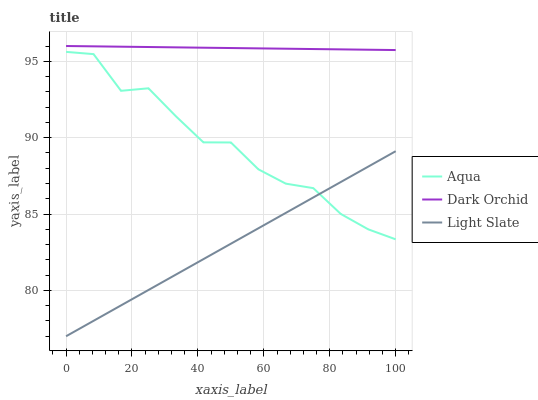
| xaxis_label | Aqua | Dark Orchid | Light Slate |
 | --- | --- | --- | --- |
 | 0 | 95.6 | 96 | 77 |
 | 8.33 | 95.5 | 96 | 78 |
 | 16.7 | 93.1 | 96 | 79 |
 | 25 | 93.2 | 95.9 | 80 |
 | 33.3 | 91.4 | 95.9 | 81 |
 | 41.7 | 89.7 | 95.9 | 82 |
 | 50 | 89.7 | 95.9 | 83.1 |
 | 58.3 | 87.9 | 95.8 | 84.1 |
 | 66.7 | 87 | 95.8 | 85.1 |
 | 75 | 86.7 | 95.8 | 86.1 |
 | 83.3 | 85 | 95.8 | 87.1 |
 | 91.7 | 84 | 95.8 | 88.1 |
 | 100 | 83.3 | 95.7 | 89.1 |